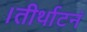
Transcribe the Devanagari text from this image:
।तीर्थाटनं